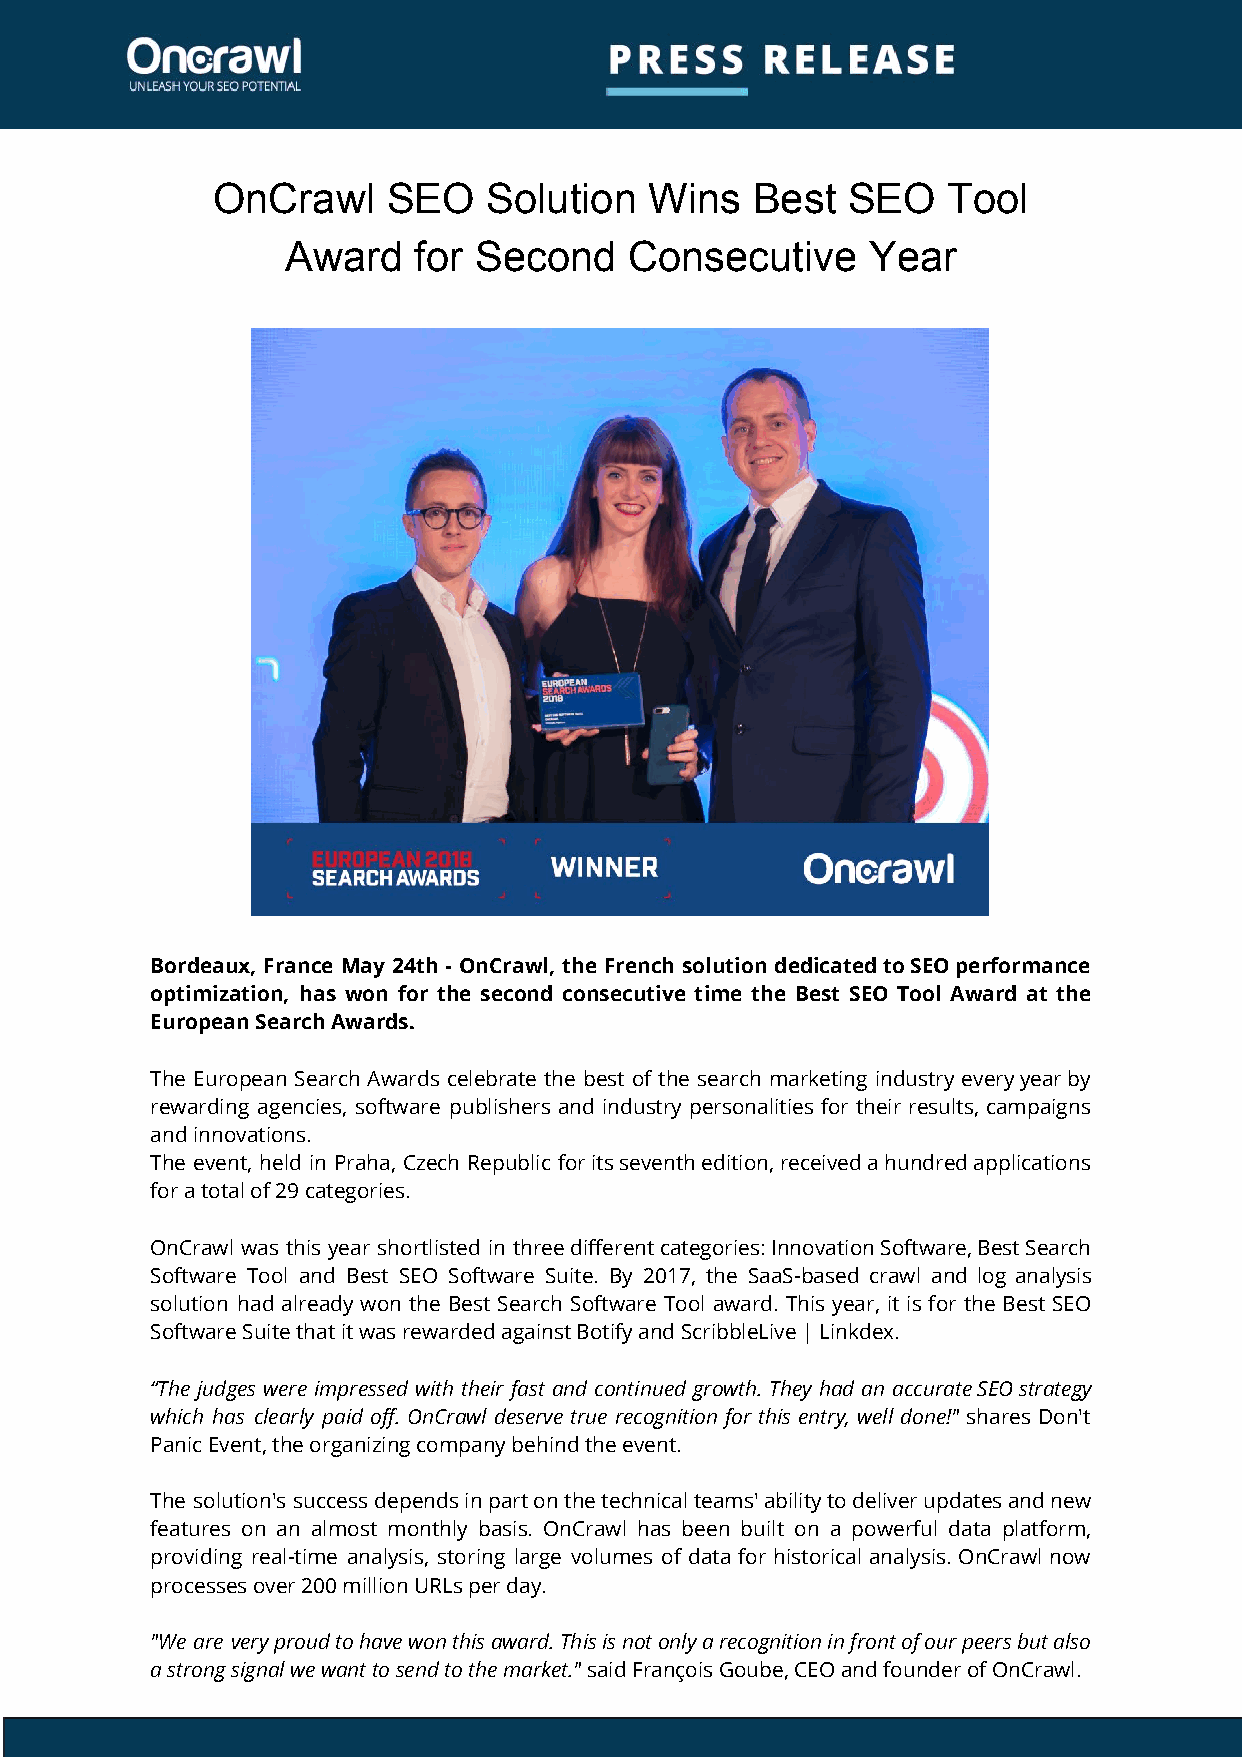
OnCrawl     SEO   Solution   Wins   Best  SEO    Tool
 Award   for Second     Consecutive     Year
 Bordeaux, France May 24th - OnCrawl, the French solution dedicated to SEO performance
 optimization, has won for the second consecutive time the Best SEO Tool Award at the
 European Search Awards.
 The European Search Awards celebrate the best of the search marketing industry every year by
 rewarding agencies, software publishers and industry personalities for their results, campaigns
 and innovations.
 The event, held in Praha, Czech Republic for its seventh edition, received a hundred applications
 for a total of 29 categories.
 OnCrawl was this year shortlisted in three different categories: Innovation Software, Best Search
 Software Tool and Best SEO Software Suite. By 2017, the SaaS-based crawl and log analysis
 solution had already won the Best Search Software Tool award. This year, it is for the Best SEO
 Software Suite that it was rewarded against Botify and ScribbleLive | Linkdex.
 “The judges were impressed with their fast and continued growth. They had an accurate SEO strategy
 which has clearly paid off. OnCrawl deserve true recognition for this entry, well done!" shares Don't
 Panic Event, the organizing company behind the event.
 The solution's success depends in part on the technical teams' ability to deliver updates and new
 features on an almost monthly basis. OnCrawl has been built on a powerful data platform,
 providing real-time analysis, storing large volumes of data for historical analysis. OnCrawl now
 processes over 200 million URLs per day.
 "We are very proud to have won this award. This is not only a recognition in front of our peers but also
 a strong signal we want to send to the market." s​ aid François Goube, CEO and founder of OnCrawl.